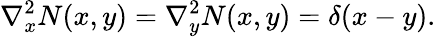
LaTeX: \nabla_{x}^{2}N(x,y)=\nabla_{y}^{2}N(x,y)=\delta(x-y).